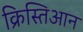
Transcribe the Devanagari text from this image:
क्रिस्तिआन